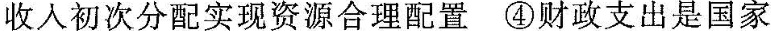
收入初次分配实现资源合理配置④财政支出是国家